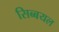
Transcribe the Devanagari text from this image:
सिब्बयल